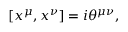
[ x ^ { \mu } , x ^ { \nu } ] = i \theta ^ { \mu \nu } ,